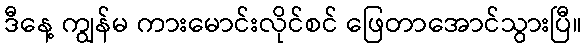
ဒီနေ့ ကျွန်မ ကားမောင်းလိုင်စင် ဖြေတာအောင်သွားပြီ။